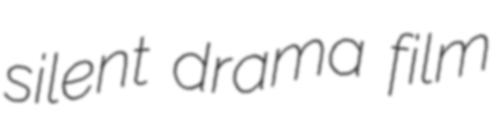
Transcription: silent drama film